Report on vaccination in the Province of Bengal - 1874-1889
Year: 1874
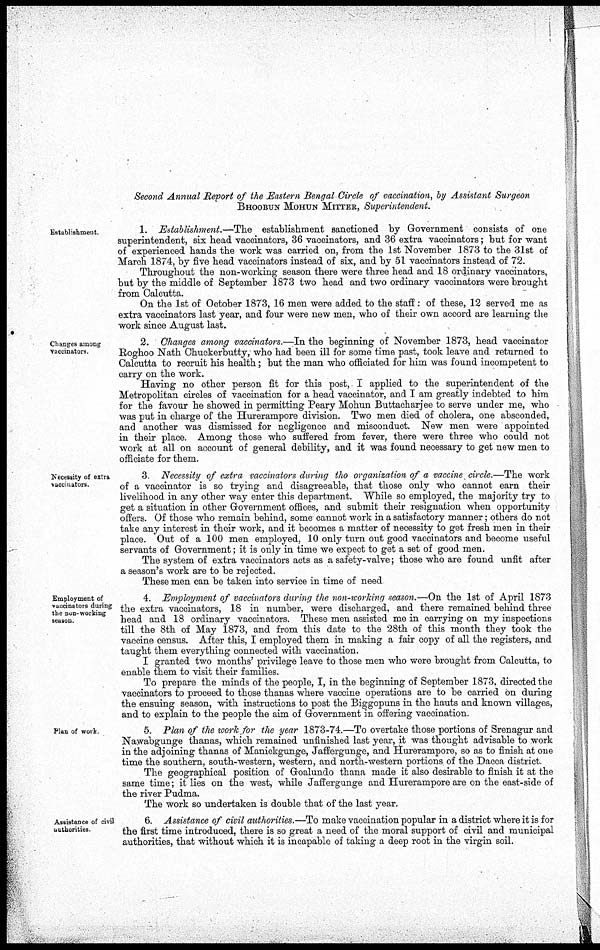
Second Annual Report of the Eastern Bengal Circle of vaccination, by Assistant Surgeon
BHOOBUN MOHUN MITTER, Superintendent.
Establishment.
1. Establishment.—The
establishment sanctioned by Government consists of one
superintendent, six head vaccinators, 36 vaccinators, and 36 extra vaccinators; but for want
of experienced hands the work was carried on, from the 1st November 1873 to the 31st of
March 1874, by five head vaccinators instead of six, and by 51 vaccinators instead of 72.
Throughout the non-working season there were three head and 18 ordinary vaccinators,
but by the middle of September 1873 two head and two ordinary vaccinators were brought
from Calcutta.
On the 1st of October 1873, 16 men were added to the staff: of these, 12 served me as
extra vaccinators last year, and four were new men, who of their own accord are learning the
work since August last.
Changes among
vaccinators.
2. Changes among vaccinators.—In the beginning of November 1873, head vaccinator
Roghoo Nath Chuckerbutty, who had been ill for some time past, took leave and returned to
Calcutta to recruit his health; but the man who officiated for him was found incompetent to
carry on the work.
Having no other person fit for this post, I applied to the superintendent of the
Metropolitan circles of vaccination for a head vaccinator, and I am greatly indebted to him
for the favour he showed in permitting Peary Mohun Buttacharjee to serve under me, who
was put in charge of the Hurerampore division. Two men died of cholera, one absconded,
and another was dismissed for negligence and misconduct. New men were appointed
in their place. Among those who suffered from fever, there were three who could not
work at all on account of general debility, and it was found necessary to get new men to
officiate for them.
Necessity of extra
vaccinators.
3 Necessity of extra vaccinators during tho organization of a vaccine circle.—The work
of a vaccinator is so trying and disagreeable, that those only who cannot earn their
livelihood in any other way enter this department. While so employed, the majority try to
get a situation in other Government offices, and submit their resignation when opportunity
offers. Of those who remain behind, some cannot work in a satisfactory manner; others do not
take any interest in their work, and it becomes a matter of necessity to get fresh men in their
place. Out of a 100 men employed, 10 only turn out good vaccinators and become useful
servants of Government; it is only in time we expect to get a set of good men.
The system of extra vaccinators acts as a safety-valve; those who are found unfit after
a season's work are to be rejected.
These men can be taken into service in time of need
Employment of
vaccinators during
the non- working
season.
4. Employment of vaccinators during the non-working season.—On the 1st of April 1873
the extra vaccinators, 18 in number, were discharged, and there remained behind three
head and 18 ordinary vaccinators. These men assisted me in carrying on my inspections
till the 8th of May 1873, and from this date to the 28th of this month they took the
vaccine census. After this, I employed them in making a fair copy of all the registers, and
taught them everything connected with vaccination.
I granted two months' privilege leave to those men who were brought from Calcutta. to
enable them to visit their families.
To prepare the minds of the people, I, in the beginning of September 1873, directed the
vaccinators to proceed to those thanas where vaccine operations are to be carried on during
the ensuing season, with instructions to post the Biggopuns in the hauts and known villages,
and to explain to the people the aim of Government in offering vaccination.
Plan of work
5. Plan of the work for the year 1873-74.—To overtake those portions of Srenagur and
Nawabgunge thanas, which remained unfinished last year, it was thought advisable to work
in the adjoining thanas of Manickgunge, Jaffergunge, and Hurerampore, so as to finish at one
time the southern, south-western, western, and north-western portions of the Dacca district.
The geographical position of Goalundo thana made it also desirable to finish it at the
same time; it lies on the west, while Jaffergunge and Hurerampore are on the east-side of
the river Pudma.
The work so undertaken is double that of the last year.
Assistance of civil
-authorities.
6. Assistance of civil authorities.—To make vaccination popular in a district where it is for
the first time introduced, there is so great a need of the moral support of civil and municipal
authorities, that without which it is incapable of taking a deep root in the virgin soil.